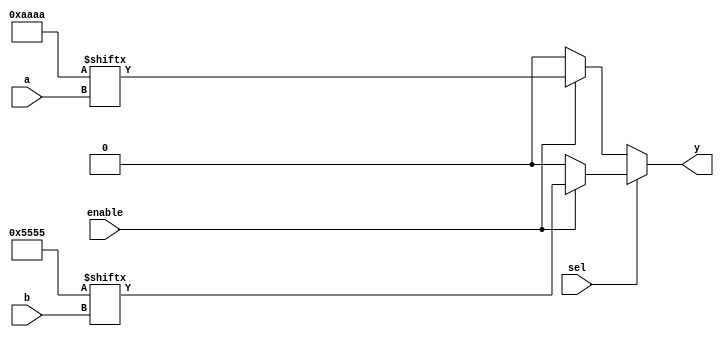
module CLB (
    input wire [3:0] a,       // 4-bit input for LUT1
    input wire [3:0] b,       // 4-bit input for LUT2
    input wire sel,           // Selector for multiplexer
    input wire enable,        // Enable signal
    output wire y            // Output of the CLB
);

// LUT implementation (4-input LUT)
reg [15:0] lut1; // 16 possible combinations for 4 inputs
reg [15:0] lut2; // Another LUT for demonstration

// Initialize LUTs with some example truth tables
initial begin
    // Example truth table for LUT1
    lut1 = 16'b1010101010101010; // Example pattern for LUT1
    // Example truth table for LUT2
    lut2 = 16'b0101010101010101; // Example pattern for LUT2
end

// Generate output based on LUT and enable signal
wire lut1_out = enable ? lut1[a] : 1'b0; // Output from LUT1
wire lut2_out = enable ? lut2[b] : 1'b0; // Output from LUT2

// Multiplexer to select between LUT outputs
assign y = sel ? lut2_out : lut1_out;

endmodule